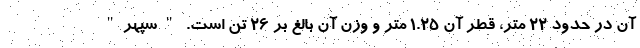
آن در حدود ۲۲ متر، قطر آن ۱.۲۵ متر و وزن آن بالغ بر ۲۶ تن است. "سپهر"